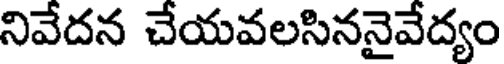
నివేదన చేయవలసిననైవేద్యం